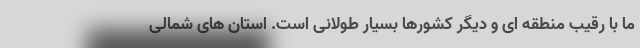
ما با رقیب منطقه ای و دیگر کشورها بسیار طولانی است. استان های شمالی